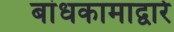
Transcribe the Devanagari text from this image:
बांधकामाद्वारे